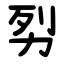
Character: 劽